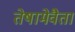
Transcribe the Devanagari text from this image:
तेषामेवैता